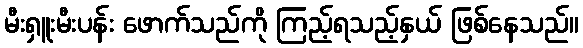
မီးရှူးမီးပန်း ဖောက်သည်ကို ကြည့်ရသည့်နှယ် ဖြစ်နေသည်။